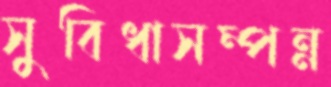
সুবিধাসম্পন্ন